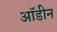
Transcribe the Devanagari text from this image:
ऑडीन